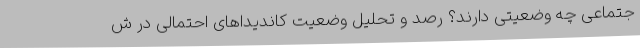
جتماعی چه وضعیتی دارند؟ رصد و تحلیل وضعیت کاندیداهای احتمالی در ش